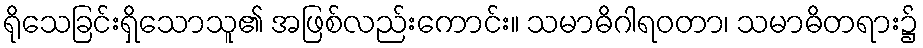
ရိုသေခြင်းရှိသောသူ၏ အဖြစ်လည်းကောင်း။ သမာဓိဂါရဝတာ၊ သမာဓိတရား၌